Bombay plague: being a history of the progress of plague in the Bombay presidency from September 1896 to June 1899
Year: 1896
Disease focus: Plague
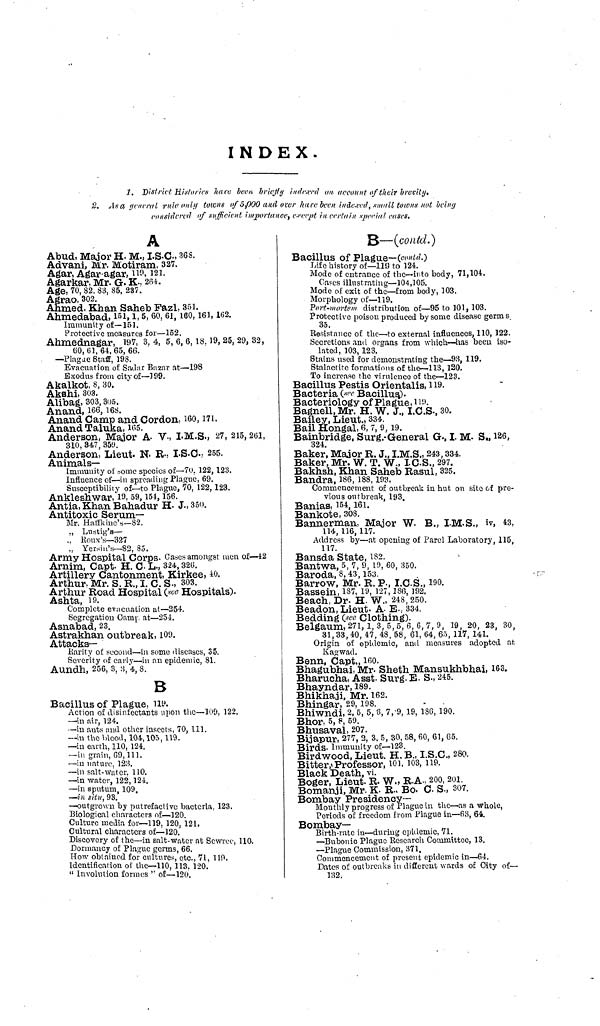
IN DEX.
1, District Historics have been briefly indexed on account of their brevity,
2. An a general rule only towns of 5,000 and, over ham been indexed, small towns not being
considered of sufficient importance, except in certain special cases.
A
Abud, Major H. M., I.S.C., 368.
Advani, Mr. Motiram, 337.
Agar, Agar-agar, no, 121.
Agarkar, Mr. G. K., 264.
Age. 70, 82. 83, 85. 237.
Agrao, 302.
Ahmed, Khan Saheb Fazl, 351.
Ahmedabad, 151, 1, 5, 60, 61, 160, 161, 162.
Immunity of—151.
Protective measures for—152.
Ahmednagar, 197, 3. 4, 5, 6, 6, 18, 19, 25, 29, 32,
60, 61, 64, 65, 66.
—Plagae Staff, 198.
Evacuation of Sadar Bazar at—198
Exodus from city of—199.
Akalkot, 8, 30.
Akshi, 303.
Alibag, 303, 305.
Anand, 166, 168.
Anand Camp and Cordon, 160, 171.
Anand Taluka, 165,
Anderson, Major A. V., I.M.S., 27, 215, 261,
310, 347, 359.
Anderson, Lieut. N. R., I.S.C., 255.
Animals-
immunity of some species of—70, 122, 123.
Influence of—in spreading Plague, 69.
Susceptibility of—to Plague, 70, 122, 123.
Ankleshwar, 19, 59, 154, 156.
Antia, Khan Bahadur H. J., 350.
Antitoxic Serum-
Mr. Haffkine's—82.
" Lufjlig's—
" Roux's—327
" Yersin's—82, 85.
Army Hospital Corps, Gases amongst men of—42
Arnim, Capt. H. C. L., 324, 321.
Artillery Cantonment, Kirkee, 40.
Arthur. Mr. S. R., I. C. S., 303.
Arthur Road Hospital (see Hospitals).
Ashta, 19.
Complete evacuation at—254.
Segregation Camp at—254.
Asnabad, 23.
Astrakhan outbreak, 109.
Attacks—
Rarity of second—in some diseases, 35.
Severity of carly—in an epidemic, 81.
Aundh, 256, 3, 3, 4, 8.
B
Bacillus of Plague, 119.
Action of disinfectants upon the—109, 122.
—in air, 124.
—in ants and other insects, 70, 111.
—in the blood, 104, 105, 119.
—in earth, 110, 124.
— in grain, 99, 111.
—in nature, 123.
—in salt-water, 110.
—in water, 122, 124.
—in sputum, 109.
—in situ, 93.
—outgrown by putrefactive bacteria, 123.
Biological characters of—120.
Culture media for—119, 120, 121.
Cultural characters of—120.
Discovery of the—in salt-water at Sewree, 110.
Dormancy of Plague germs, 66.
How obtained for cultures, etc., 71, 119.
Identification of the—110, 113, 120.
" Involution formes " of—120.
B—(contd.)
Bacillus of Plague—(contd.)
Life history of—119 to 124.
Mode of entrance of the—into body, 71,104.
Cases illustrating—104,105.
Mode of exit of the—from body, 103.
Morphology of—119.
Port-mortem distribution of—95 to 101, 103.
Protective poison produced by some disease germs.
35.
Resistance of the—to external influences, 110, 122.
Secretions and organs from which—has been iso-
lated, 103, 123.
Stains used for demonstrating the—93, 119.
Stalactite formations of the—113, 120.
To increase the virulence of the—123.
Bacillus Pestis Orientalis, 119.
Bacteria (see Bacillus).
Bacteriology of Plague, 119.
Bagnell, Mr. H. W. J., I.C.S., 30.
Bailey, Lieut., 334.
Bail Hongal, 6, 7, 9, 19.
Bainbridge, Surg.-General G., I. M. S., 126,
324.
Baker, Major R. J., I.M.S., 243, 334.
Baker, Mr. W. T. W., I.C.S., 297.
Bakhsh, Khan Saheb Rasul, 325.
Bandra, 186, 188, 193.
Commencement of outbreak in hut on site of pre-
vious outbreak, 193.
Banias, 154, 161.
Bankote, 308.
Bannerman, Major W. B., I.M.S., iv, 43,
114, 116, 117.
Address by—at opening of Parel Laboratory, 115,
117.
Bansda State, 182.
Bantwa, 5, 7, 9, 10, 60, 350.
Baroda, 8, 43, 153.
Barrow, Mr. R. P., I.C.S., 190.
Bassein, 187, 19, 127, 186, 192.
Beach, Dr. H. W., 248, 250.
Beadon, Lieut. A. E., 334.
Bedding (see Clothing).
Belgaum, 271, 1, 3, 5, 5, 6, 6, 7, 9, 19, 20, 23, 30,
31, 33 ,40, 47, 48, 58, 61, 64, 65, 117, 141.
Origin of epidemic, and measures adopted at
Kagwad.
Benn, Capt., 160.
Bhagubhai, Mr. Sheth Mansukhbhai, 163.
Bharucha, Asst Surg.E. S., 245.
Bhayndar, 189.
Bhikhaji, Mr. 162.
Bhingar, 29, 198.
Bhiwndi, 2, 5, 5, 8, 7, 9, 19, 186, 190.
Bhor, 5, 8, 59.
Bhusaval, 207.
Bijapur, 277, 2, 3, 5, 30, 58, 60, 61, Go.
Birds. Immunity of—123.
Birdwood, Lieut. H. B., I.S.C., 280.
Bitter, Professor, 101, 103, 119.
Black
Death,
vi.
Boger, Lieut. R. W., R.A., 200, 201
Bomanji, Mr. K. R., Bo. C. S., 307.
Bombay Presidency—
Monthly progress of Plague in the—as a whole,
Periods of freedom from Plague in—63, 64.
Bombay—
. .
Birth-rate in—during epidemic, 71.
—Bubonic Plague Research Committee, 13.
—Plague Commission, 371.
Commencement of present epidemic in—64.
Dates of outbreaks in different wards of City of—
132.